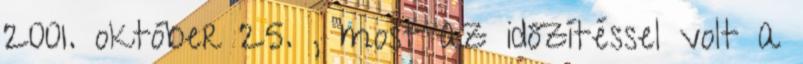
2001. október 25. , most az időzítéssel volt a